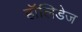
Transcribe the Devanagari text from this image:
हॉलिडेज